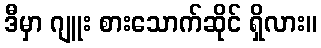
ဒီမှာ ဂျူး စားသောက်ဆိုင် ရှိလား။